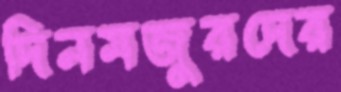
দিনমজুরদের